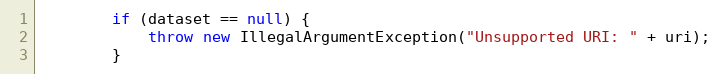
Language: Java
		if (dataset == null) {
			throw new IllegalArgumentException("Unsupported URI: " + uri);
		}